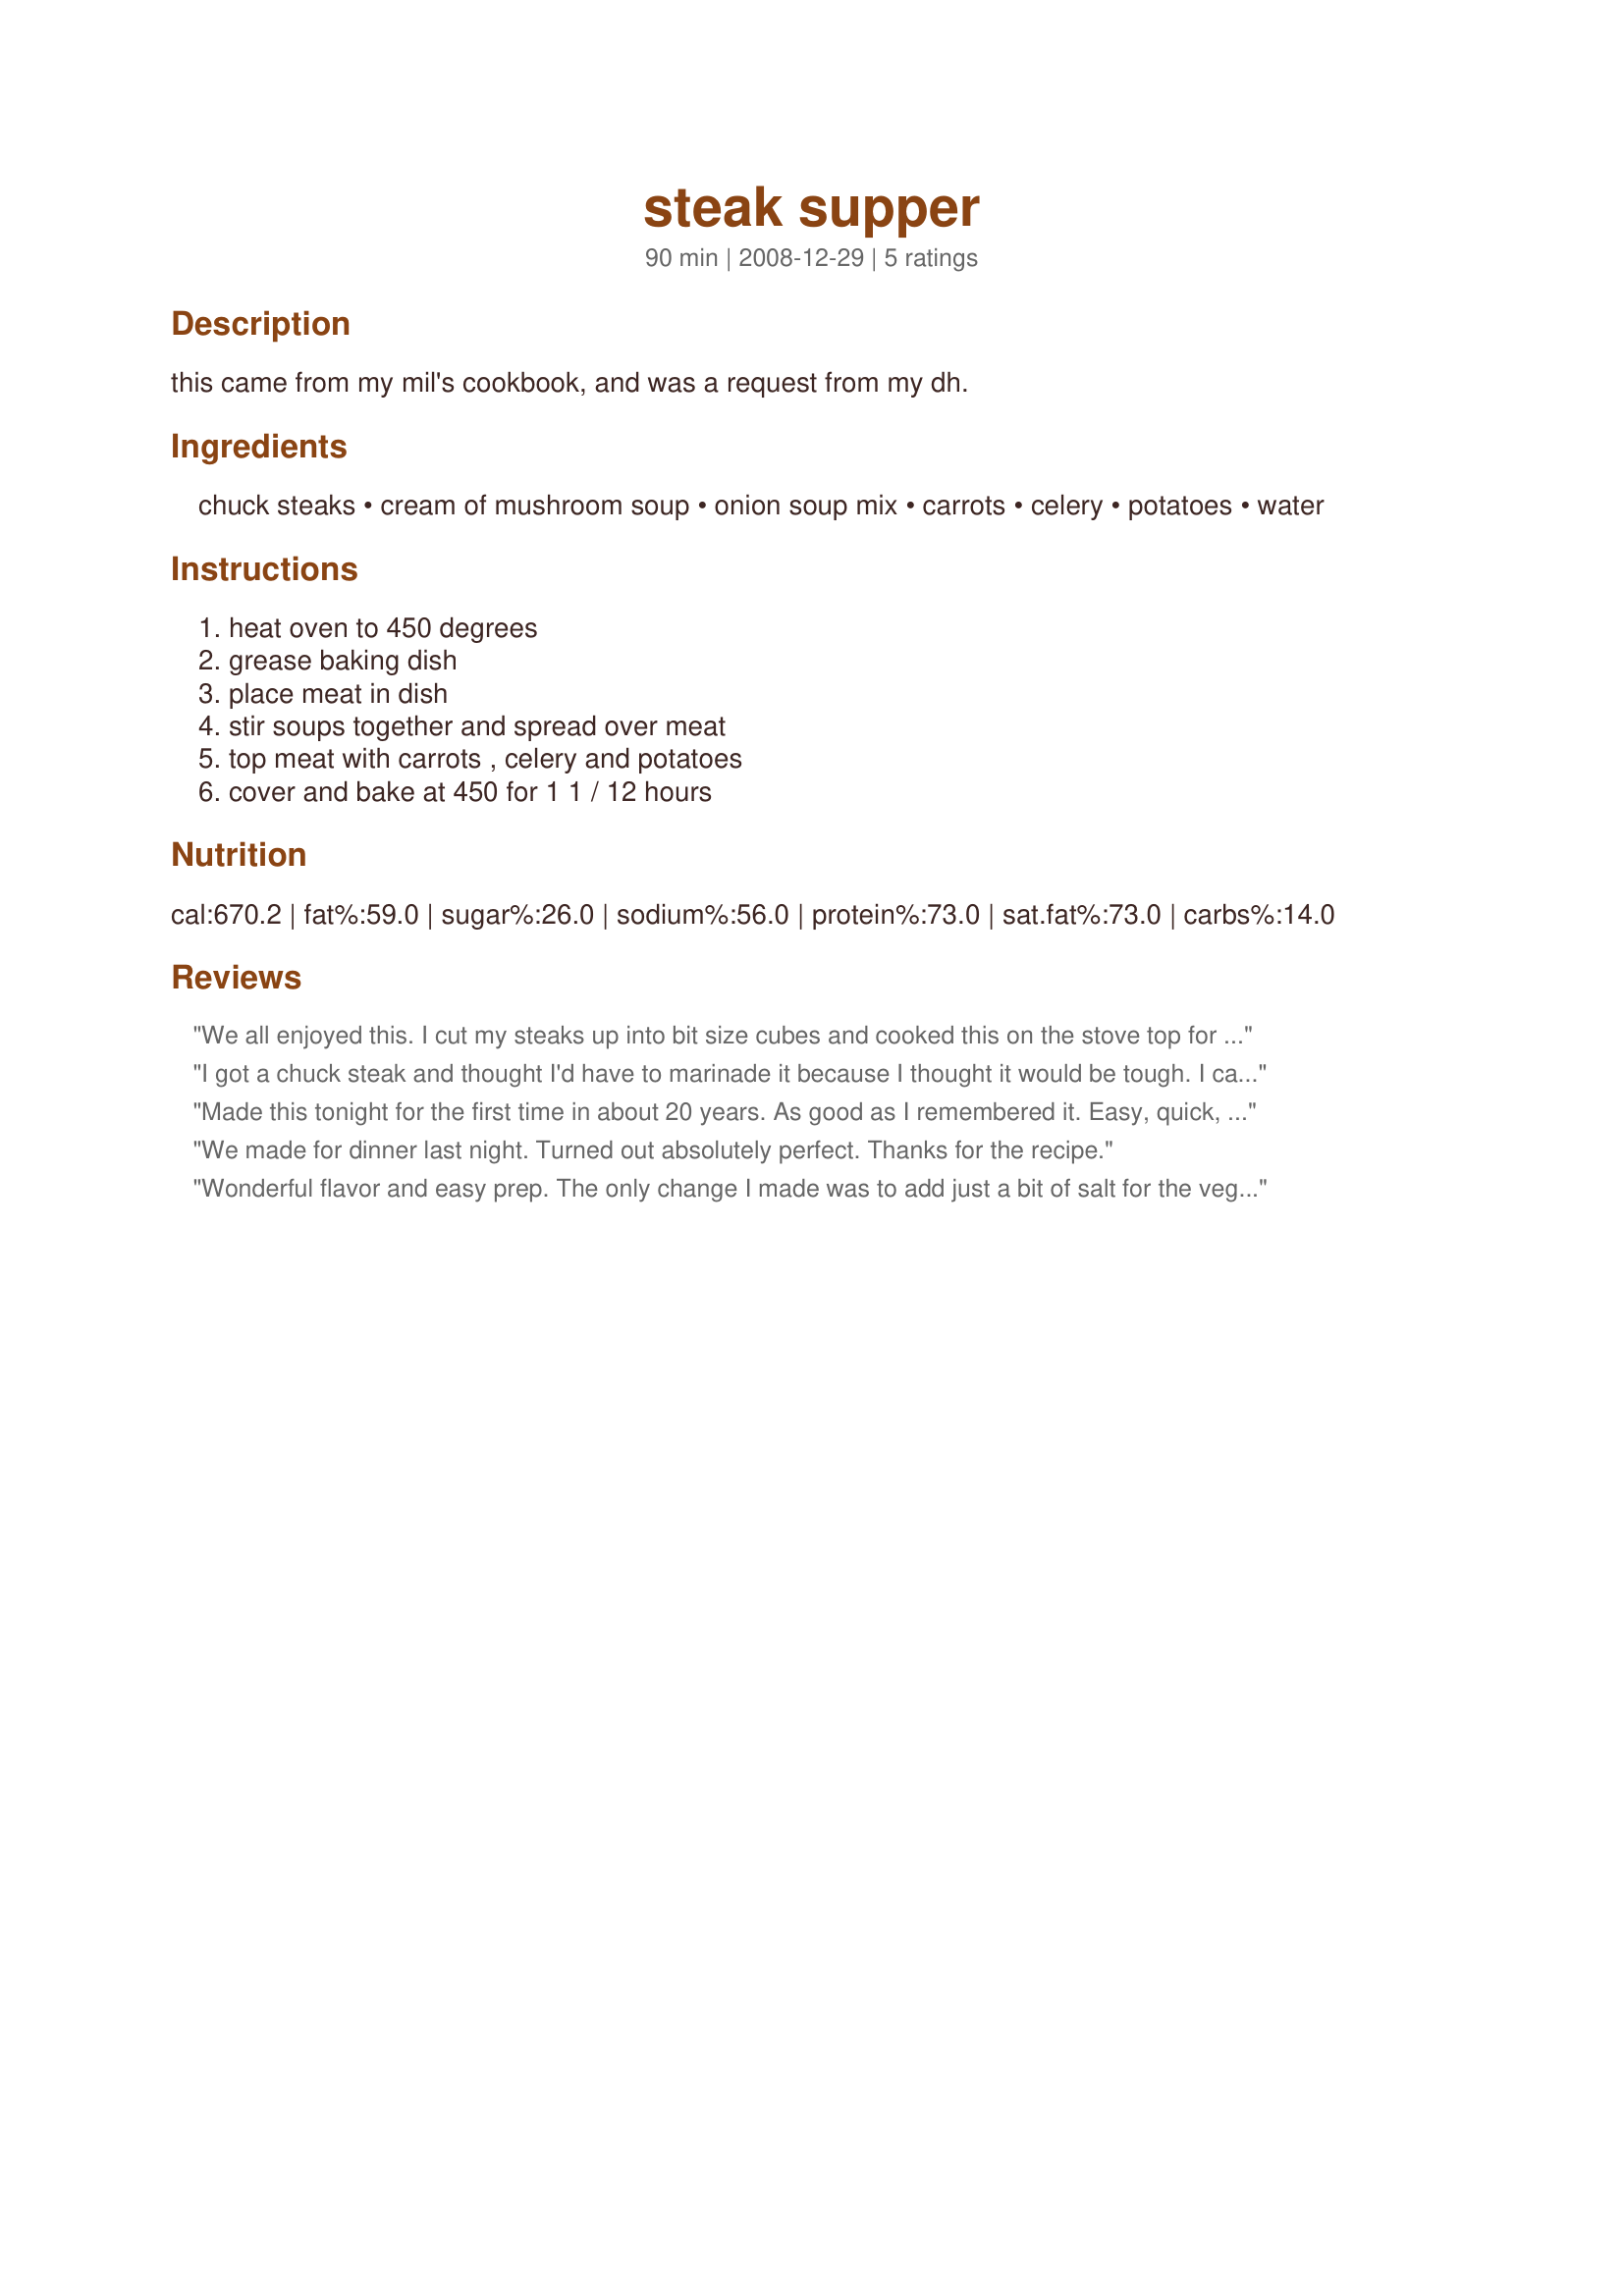
steak supper
Preparation time: 90 minutes

this came from my mil's cookbook, and was a request from my dh.

Ingredients:
chuck steaks, cream of mushroom soup, onion soup mix, carrots, celery, potatoes, water

Steps:
heat oven to 450 degrees, grease baking dish, place meat in dish, stir soups together and spread over meat, top meat with carrots , celery and potatoes, cover and bake at 450 for 1 1 / 12 hours

Reviews:
We all enjoyed this. I cut my steaks up into bit size cubes and cooked this on the stove top for about an hour instead of the oven. I didn't add the celery but did add more then two tablespoons of water but didn't really measure. This was really good. I did add some salt and pepper too and hubby added some red pepper flakes at the table.
I got a chuck steak and thought I'd have to marinade it because I thought it would be tough. I came across this recipe and realized I didn't have to do that. I added a can of mushrooms, but otherwise followed the recipe exactly. The meat was tender and delicious. An easy meal to put together, potatoes and vegetables already included. Thanks for sharing!
Made this tonight for the first time in about 20 years. As good as I remembered it. Easy, quick, tasty. What more would you want for a weeknight dinner. Have recipe in &quot;Betty Crocker&#039;s Good and Easy Cookbook&quot; Golden Press, 1971, 1977 as &quot;Steak Supper in Foil&quot;.
We made for dinner last night. Turned out absolutely perfect. Thanks for the recipe.
Wonderful flavor and easy prep. The only change I made was to add just a bit of salt for the veggies. Thanks for sharing the recipe.
